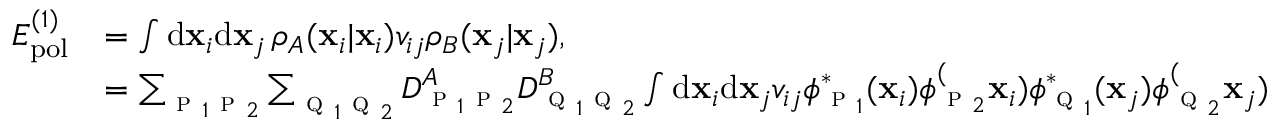
\begin{array} { r l } { E _ { \mathrm { p o l } } ^ { ( 1 ) } } & { = \int \mathrm { d } \mathbf { x } _ { i } \mathrm { d } \mathbf { x } _ { j } \, \rho _ { A } ( \mathbf { x } _ { i } | \mathbf { x } _ { i } ) v _ { i j } \rho _ { B } ( \mathbf { x } _ { j } | \mathbf { x } _ { j } ) , } \\ & { = \sum _ { \textsc { p } _ { 1 } \textsc { p } _ { 2 } } \sum _ { \textsc { q } _ { 1 } \textsc { q } _ { 2 } } D _ { \textsc { p } _ { 1 } \textsc { p } _ { 2 } } ^ { A } D _ { \textsc { q } _ { 1 } \textsc { q } _ { 2 } } ^ { B } \int \mathrm { d } \mathbf { x } _ { i } \mathrm { d } \mathbf { x } _ { j } v _ { i j } \phi _ { \textsc { p } _ { 1 } } ^ { * } ( \mathbf { x } _ { i } ) \phi _ { \textsc { p } _ { 2 } } ^ ( \mathbf { x } _ { i } ) \phi _ { \textsc { q } _ { 1 } } ^ { * } ( \mathbf { x } _ { j } ) \phi _ { \textsc { q } _ { 2 } } ^ ( \mathbf { x } _ { j } ) } \end{array}